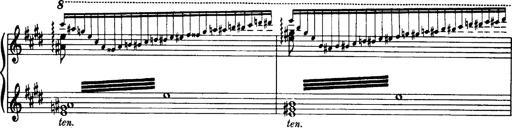
Title: OuvertÃ¼re zu TannhÃ¤user
Composer: Franz Liszt